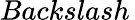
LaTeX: Backslash\,